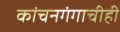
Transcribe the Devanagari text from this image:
कांचनगंगाचीही